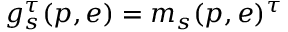
g _ { s } ^ { \tau } ( p , e ) = m _ { s } ( p , e ) ^ { \tau }